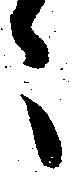
々